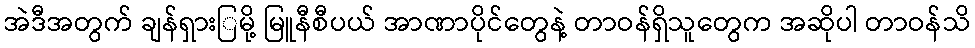
အဲဒီအတွက် ချန်ရှားြမို့ မြူနီစီပယ် အာဏာပိုင်တွေနဲ့ တာဝန်ရှိသူတွေက အဆိုပါ တာဝန်သိ